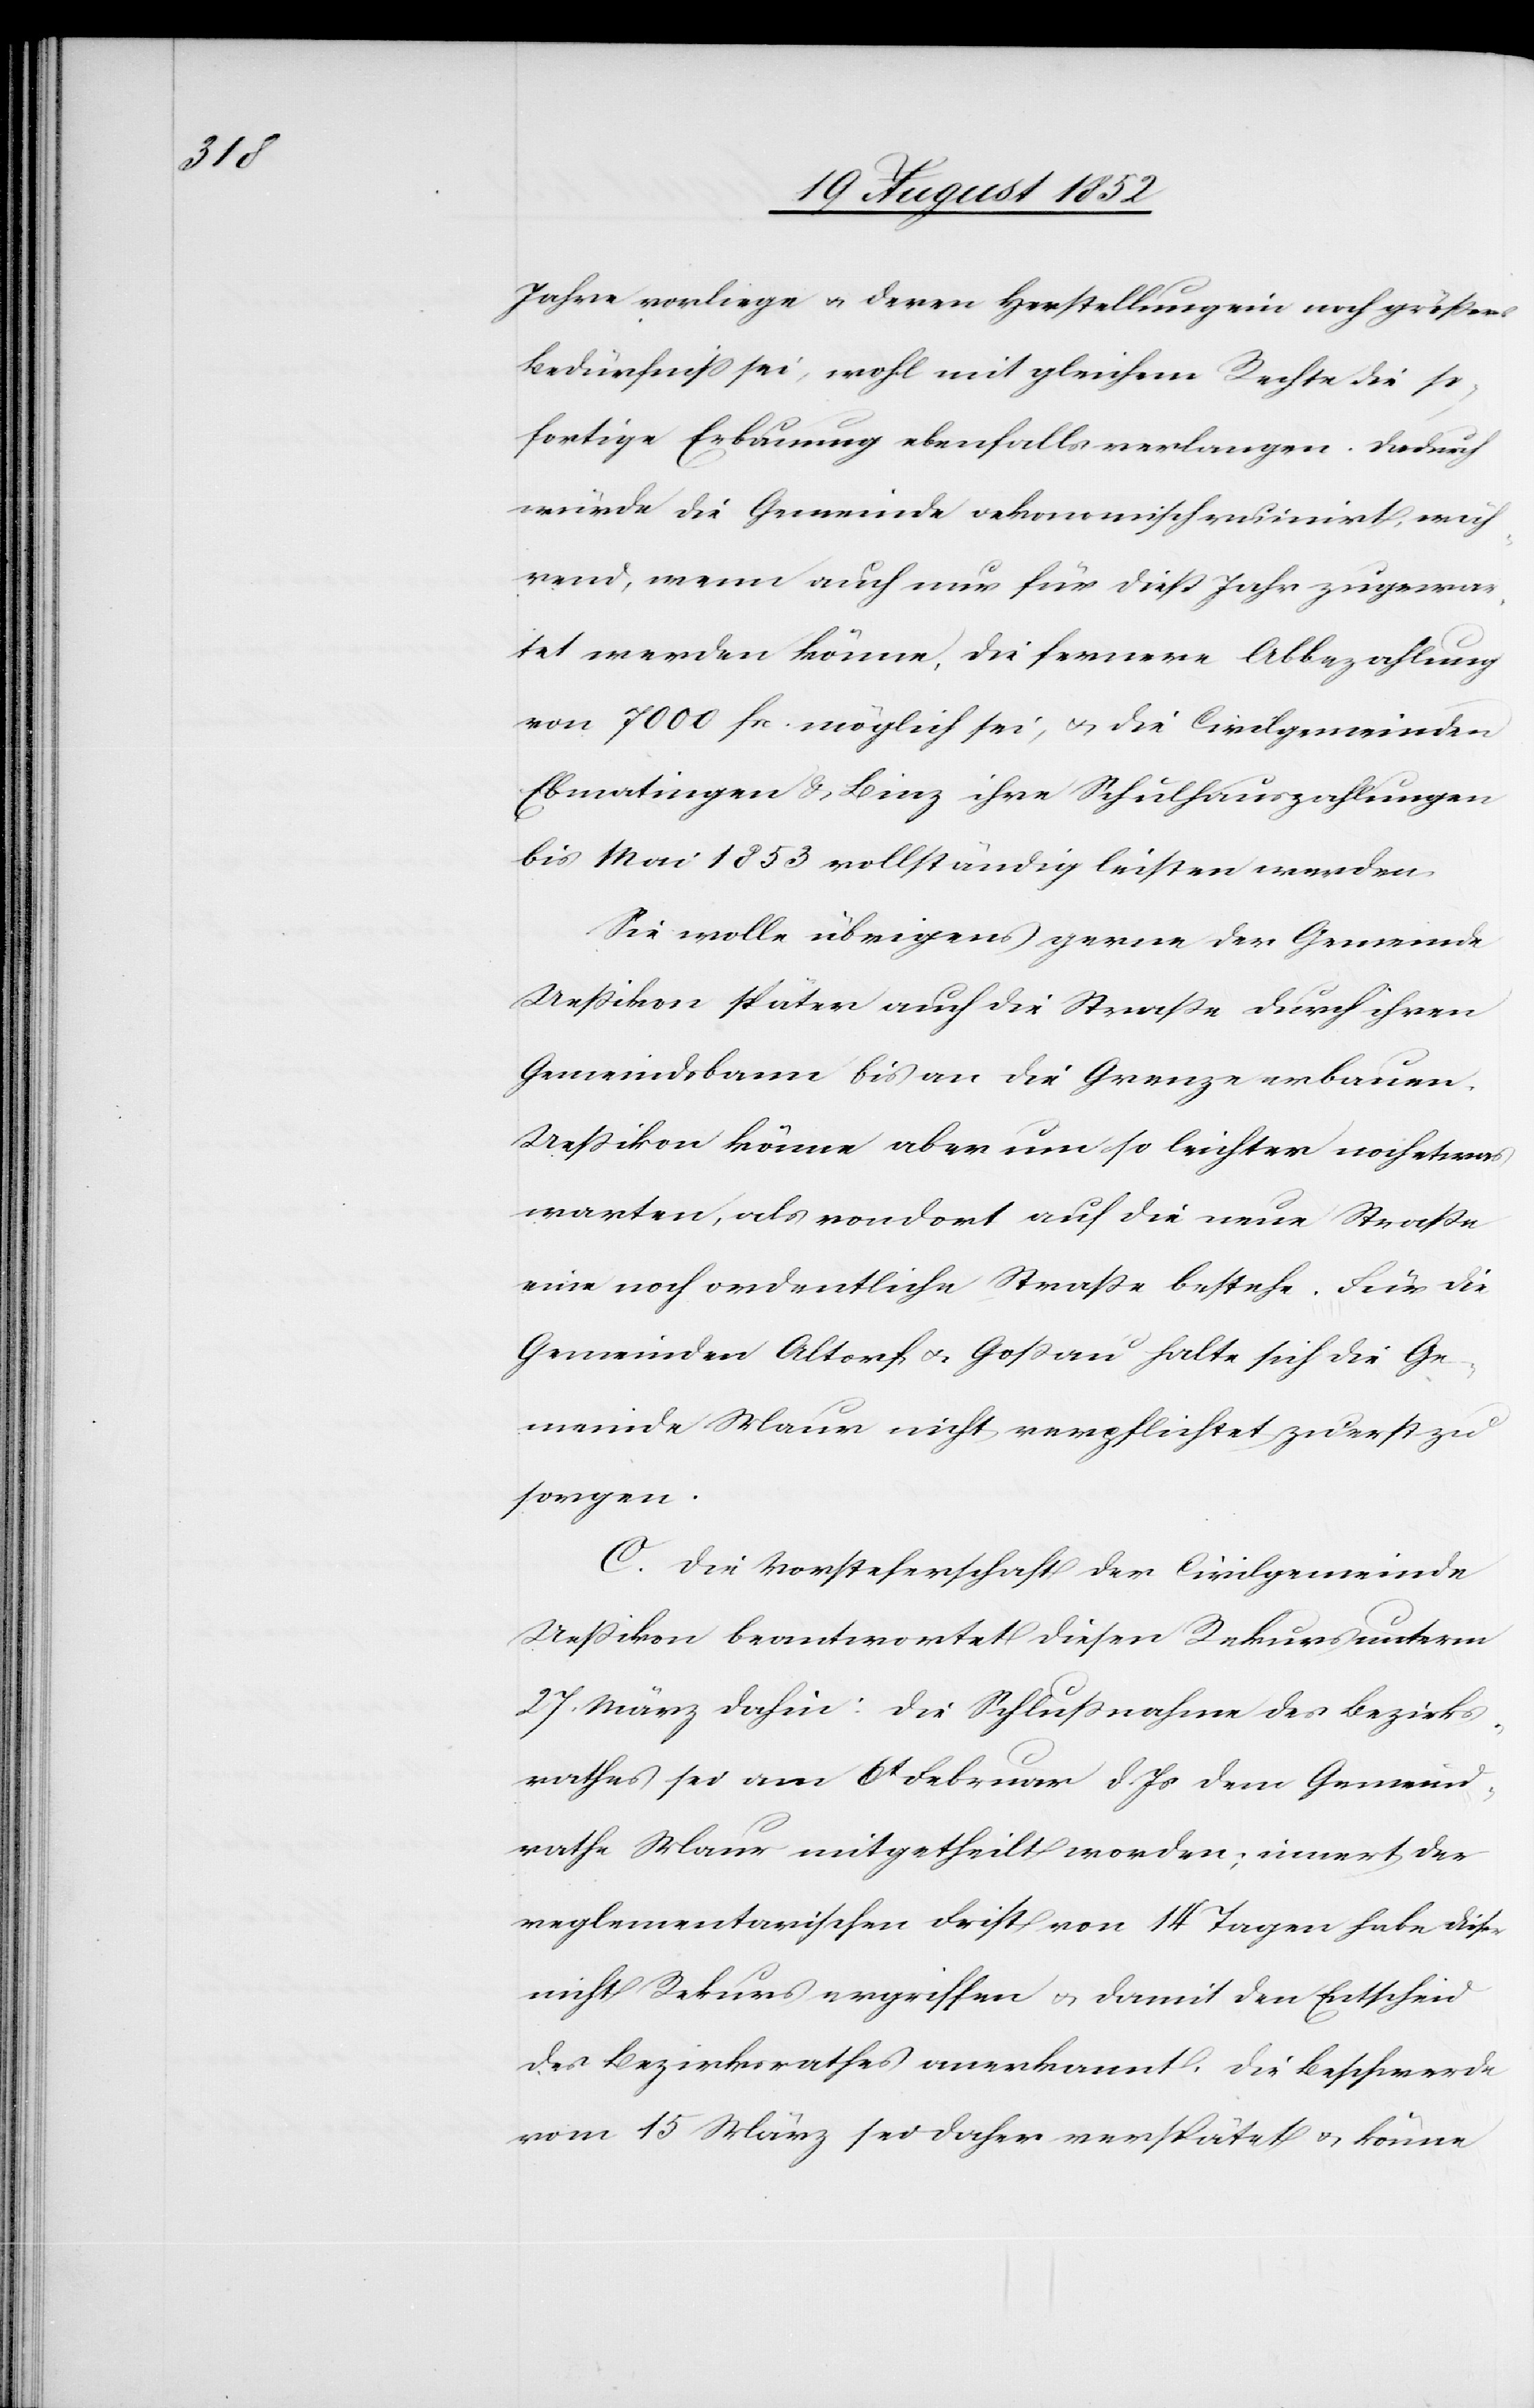
Jahre vorliege & deren Herstellung ein noch größeres
Bedürfniss sei, wohl mit gleichem Rechte die so¬
fortige Erbauung ebenfalls verlangen. Dadurch
würde die Gemeinde oekonomisch ruinirt, wäh¬
rend, wenn auch nur für dieß Jahr zugewar¬
tet werden könne, die fernere Abbezahlung
von 7000 fr. möglich sei, & die Civilgemeinden
Ebmatingen & Binz ihre Schulhauszahlungen
bis Mai 1853 vollständig leisten werden.
Sie wolle übrigens gerne der Gemeinde
Ueßikon später auch die Straße durch ihren
Gemeindsbann bis an die Grenze erbauen.
Ueßikon könne aber um so leichter noch etwas
warten, als von dort auf die neue Straße
eine noch ordentliche Straße bestehe. Für die
Gemeinden Altorf & Goßau halte sich die Ge¬
meinde Maur nicht verpflichtet zuerst zu
sorgen.
C. Die Vorsteherschaft der Civilgemeinde
Ueßikon beantwortet diesen Rekurs unterm
27. März dahin: Die Schlußnahme des Bezirks¬
rathes sei am 6t Februar d. Js dem Gemeind¬
rathe Maur mitgetheilt worden; innert der
reglementarischen Frist von 14 Tagen habe dieser
nicht Rekurs ergriffen & damit den Entscheid
des Bezirksrathes anerkannt. Die Beschwerde
vom 15 März sei daher verspätet & könne